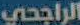
الراجحي